Medical and sanitary report of the native army of Bengal for the year
Year: 1874
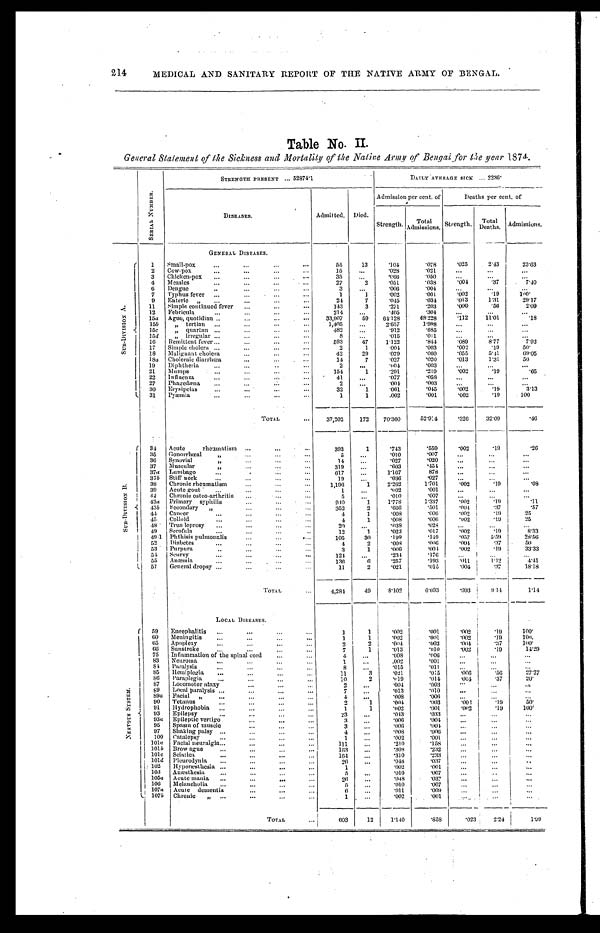
214
MEDICAL AND SANITARY REPORT OF THE NATIVE ARMY OF BENGAL.
Table No. II.
General Statement of the Sickness and Mortality of the Native Army of Bengal for the year 1874.
S E R I A L N U M B E R .
STRENGTH PRESENT ... 52874.1
DAILY AVERAGE SICK ...2236
D I S E A S E S .
Admitted. Died.
Admission per cent. of
Deaths per cent. of
Strength. Total Admissions. Strength. Tot al Deat hs. Admissions.
GENERAL DISEASES.
S U B - D I V I S I O N A . 1 Small-pox
5 5
1 3
. 1 0 4
. 0 7 8
. 0 2 5
2 . 4 3
2 3 . 6 3
2 Cow-pox
1 5
. . .
. 0 2 8
. 0 2 1
. . .
. . .
. . .
3 Chicken-pox
3 5
. . .
. 0 6 6
. 0 5 0
. . .
. . .
. . .
4 Measles
2 7
2
. 0 5 1
. 0 3 8
. 0 0 4
. 3 7
7 . 4 0
6 Dengue
3
. . .
. 0 0 6
. 0 0 4
. . .
. . .
. . .
7 Typhus fever
1
1
. 0 0 2
. 0 0 1
. 0 0 2
. 1 9
1 0 0
9 Enteric
2 4
7
. 0 4 5
. 0 3 4
. 0 1 3
1 . 3 1
2 9 . 1 7
11 Simple continued fever
1 4 3
3
. 2 7 1
. 2 0 3
. 0 0 6
. 5 6
2 . 0 9
12 Febricula
2 1 4
. . .
. 4 0 5
. 3 0 4
. . .
. . .
. . .
15a Ague, quotidian
3 3 , 9 0 7
5 9
6 4 , 1 2 8
4 8 , 2 2 8
. 1 1 2
1 1 . 0 4
. 1 8
15 b
" tertian
1 , 4 0 5
. . .
2 . 6 5 7
1 . 9 9 8
. . . . . .
. . .
15c
" q u a r t a n
4 8 2
. . .
. 9 1 2
. 6 8 5
. . .
. . .
. . .
15d
" irregular
8
. . .
. 0 1 5
. 0 1 1
. . .
. . .
. . .
10 Remittent fever
5 9 3
4 7
1 . 1 2 2
. 8 4 4
. 1 8 9
8 . 7 7
7 . 9 3
11 Simple cholera
2
1
. 0 0 4
. 0 0 3
. 0 0 2
. 1 9
5 0 .
18 Malignant cholera
4 2
2 9
. 0 7 9
. 0 6 0
. 0 5 5
2 . 4 1
6 9 . 0 5
18a Choleraic diarrhœa
1 4
7
. 0 2 8
. 0 2 0
. 0 1 3
1 . 3 1
5 0
19 Diphtheria
2
. . .
. 0 0 4
. 0 0 3
. . .
. . .
. . .
21 Mumps
1 5 4
1
. 2 9 1
. 2 1 9
. 0 0 2
. 1 9
. 6 5
22 Influenza
4 1
. . .
. 0 7 7
. 0 5 8
. . .
. . .
. . .
27 Phagedæna
2
. . .
. 0 0 4
. 0 0 3
. . .
. . .
. . .
30 Erysipelas
3 2
1
. 0 6 1
. 0 4 5
. 0 0 2
. 1 9
3 . 1 3
31 Pyæmla
1
1
. 0 0 2
. 0 0 1
. 0 0 2
. 1 9
1 0 0
TOTAL
3 7 , 2 0 2
1 7 2
7 0 . 3 6 0
5 2 . 9 1 4
. 3 2 6
3 2 . 0 9
. 4 6
S U B - D I V I S I O N B .
34 Acute rheumatism
3 9 3
1
. 7 4 3
. 5 5 9
. 0 0 2
. 1 9
. 2 6
3 5 Gonorrhœal "
5
. . .
. 0 1 0
. 0 0 7
. . .
. . .
. . .
36 Synovial "
1 4
. . .
. 0 2 7
. 0 2 0
. . .
. . .
. . .
37 Muscular "
3 1 9
. . .
. 6 0 3
. 4 5 4
. . .
. . .
. . .
37a Lumbago "
6 1 7
. . .
1 . 1 6 7
8 7 8
. . .
. . .
. . .
3 7
b Stiff neck
1 9
. . .
. 0 3 6
. 0 2 7
. . .
. . .
. . .
38 Chronic rheumatism
1 , 1 9 6
1
2 . 2 6 2
1 . 7 0 1
. 0 0 2
. 1 9
. 0 8
39 Acute gout
1
. . .
. 0 0 2
. 0 0 1
. . .
. . .
. . .
42 Chronic rheamatism
5
. . .
. 0 1 0
. 0 0 7
. . .
. . .
. . .
43a Primary sy
philis
9 1 0
1
1 . 7 7 8
1 . 3 3 7
. 0 0 2
. 1 9
. 1 1
43b Secondary
3 5 2
2
. 6 6 6
. 5 0 1
. 0 0 4
. 3 7
. 5 7
44 Cancer
4
1
. 0 0 8
. 0 0 6
. 0 0 2
. 1 9
2 5
45 Colloid
4
1
. 0 0 8
. 0 0 6
. 0 0 2
. 1 9
2 5
48 True leprosy
2 0
. . .
. 0 3 8
. 0 2 8
. . .
. . .
. . .
49 Scrofula
1 2
1
. 0 2 3
. 0 1 7
. 0 0 2
. 1 9
8 . 3 3
49.1 Phthisis pulmonalis
1 0 5
3 0
. 1 9 9
. 1 4 9
. 0 5 7
5 . 5 9
2 8 . 5 6
52 Diabetes
4
2
. 0 0 8
. 0 0 6
. 0 0 4
. 3 7
5 0
53 Purpura
3
1
. 0 0 6
. 0 0 4
. 0 0 2
. 1 9
3 3 . 3 3
54 Scurvy
1 2 4
. . .
. 2 3 4
. 1 7 6
. . .
. . .
. . .
55 Anæmia
1 3 6
6
. 2 5 7
. 1 9 3
. 0 1 1
1 . 1 2
4 . 4 1
57 General dropsy
1 1
2
. 0 2 1
. 0 1 5
. 0 0 4
. 3 7
1 8 . 1 8
TOTAL
4 , 2 8 4
4 9
8 . 1 0 2
6 . 0 9 3
. 0 9 3
9 . 1 4
1 . 1 4
LOCAL DISEASES.
N E R V O U S S Y S T E M .
59 Encephalitis
1
1
. 0 0 2
. 0 0 1
. 0 0 2
. 1 9
1 0 0 .
60 Meningitis
1
1
. 0 0 2
. 0 0 1
. 0 0 2
. 1 9
1 0 0 .
65 Apoplexy
2
2
. 0 0 4
. 0 0 3
. 0 0 4
. 3 7
1 0 0 .
66 Sunstroke
7
1
. 0 1 3
. 0 1 0
. 0 0 2
. 1 9
1 4 . 2 9
75 Inflammation of the spinal cord
4
. . .
. 0 0 8
. 0 0 6
. . .
. . .
. . .
83 Neuroma
1
. . .
. 0 0 2
. 0 0 1
. . .
. . .
. . .
84 Paralysis
8
. . .
. 0 1 5
. 0 1 1
. . .
. . .
. . .
85 Hemiplegia
1 1
3
. 0 2 1
. 0 1 5
. 0 0 6
. 5 6
2 7 . 2 7
86 Paraplegia
1 0
2
. 0 1 9
. 0 1 4
. 0 0 4
. 3 7
2 0
87 Locomotor ataxy
2
. . .
. 0 0 4
. 0 0 3
. . .
. . .
. . .
89 Local paralysis
7
. . .
. 0 1 3
. 0 1 0
. . .
. . .
. . .
89a Facial
4
. . .
. 0 0 8
. 0 0 6
. . .
. . .
. . .
90 Tetanus
2
1
. 0 0 4
. 0 0 3
. 0 0 2
. 1 9
5 0 .
91
H y d r o p h o b i a
1
1
. 0 0 2
. 0 0 1
. 0 0 2
. 1 9
1 0 0 .
93 Epilepsy
2 3
. . .
. 0 4 3
. 0 3 3
. . . . . .
. . .
93a Epileptic vertigo
3
. . .
. 0 0 6
. 0 0 4
. . .
. . .
. . .
95 Spasm of muscle
3
. . .
. 0 0 6
. 0 0 4
. . .
. . .
. . .
97 Shaking palsy
4
. . .
. 0 0 8
. 0 0 6
. . . . . .
. . .
100 Catalepsy
1
. . .
. 0 0 2
. 0 0 1
. . .
. . .
. . .
101a Facial neuralgia
1 1 1
. . .
. 2 1 0
. 1 5 8
. . .
. . .
. . .
1011 Brow ague
1 6 3
. . .
. 3 0 8
. 2 3 2
. . .
. . .
. . .
101c Sciatica
1 6 4
. . .
. 3 1 0
. 2 3 3
. . .
. . .
. . .
101 d Pleurodynia
2 6
. . .
. 0 4 8
. 0 3 7
. . . . . .
. . .
102 Hyperæsthesia
1
. . .
. 0 0 2
. 0 0 1
. . .
. . .
. . .
103 Anæsthesia
5
. . .
. 0 1 0
. 0 0 7
. . .
. . .
. . .
105a Acute mania
2 6
. . .
. 0 4 8
. 0 3 7
. . .
. . .
. . .
106 Melancholia
5
. . .
. 0 1 0
. 0 0 7
. . .
. . .
. . .
107a Acute dementia
6
. . .
. 0 1 1
. 0 0 9
. . .
. . .
. . .
107 b Chronic
1
. . .
. 0 0 2
. 0 0 1
. . .
. . .
. . .
TOTAL
6 0 3
1 2
1 . 1 4 0
. 8 5 8
. 0 2 3
2 . 2 4
1 . 9 9